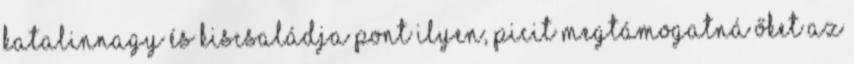
katalinnagy és kiscsaládja pont ilyen, picit megtámogatná őket az